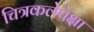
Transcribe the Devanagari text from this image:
चित्रकलेपेक्षा